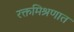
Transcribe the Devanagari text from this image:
रक्तमिश्रणात